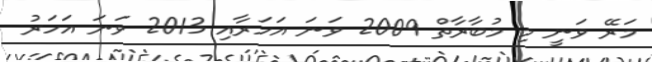
މަރޭ ވަނީ މި މުބާރާތް 2009 ވަނަ އަހަރާއި 2013 ވަނަ އަހަރު